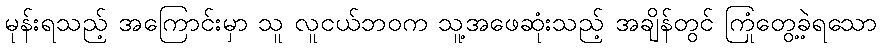
မုန်းရသည့် အကြောင်းမှာ သူ လူငယ်ဘဝက သူ့အဖေဆုံးသည့် အချိန်တွင် ကြုံတွေ့ခဲ့ရသော